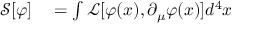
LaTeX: \begin{array} { r l } { { \mathcal { S } } [ \varphi ] } & { { } = \int { \mathcal { L } } [ \varphi ( x ) , \partial _ { \mu } \varphi ( x ) ] d ^ { 4 } x } \end{array}